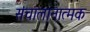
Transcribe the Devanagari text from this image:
संचालानात्मक